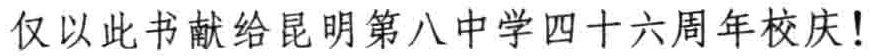
仅以此书献给昆明第八中学四十六周年校庆!